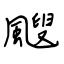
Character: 颼